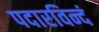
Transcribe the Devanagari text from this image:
पदारविन्दं